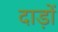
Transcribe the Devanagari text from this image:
दाड़ों